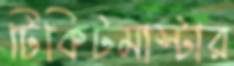
টিকিটমাস্টার